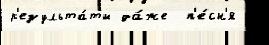
р'езульта́ты да́же  п'е́сн'я